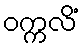
ဝက္ကလိံ